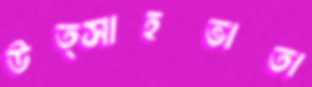
উত্সাহভাতা